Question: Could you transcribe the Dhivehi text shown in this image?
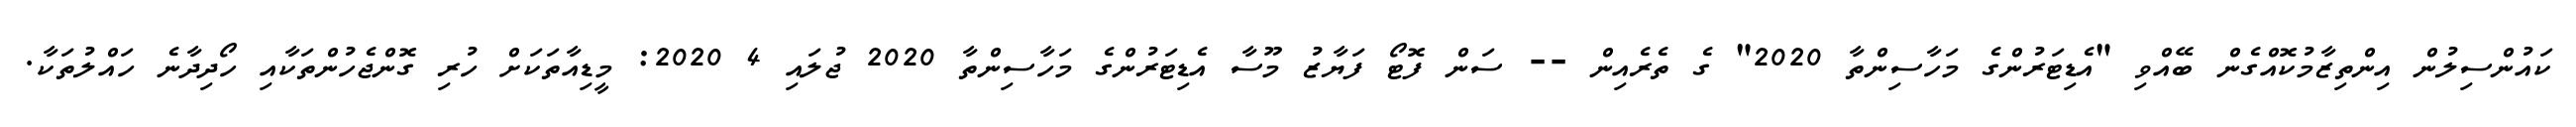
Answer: ކައުންސިލުން އިންތިޒާމުކޮއްގެން ބޭއްވި "އެޑިޓަރުންގެ މަހާސިންތާ 2020" ގެ ތެރެއިން -- ސަން ފޮޓޯ ފަޔާޒު މޫސާ އެޑިޓަރުންގެ މަހާސިންތާ 2020 ޖުލައި 4 2020: މީޑިއާތަކަށް ހުރި ގޮންޖެހުންތަކާއި ހޯދިދާނެ ހައްލުތަކާ.